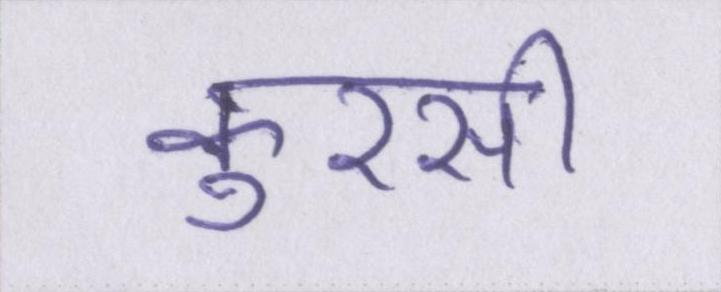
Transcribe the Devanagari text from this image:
कुरसी